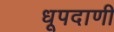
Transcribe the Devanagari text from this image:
धूपदाणी